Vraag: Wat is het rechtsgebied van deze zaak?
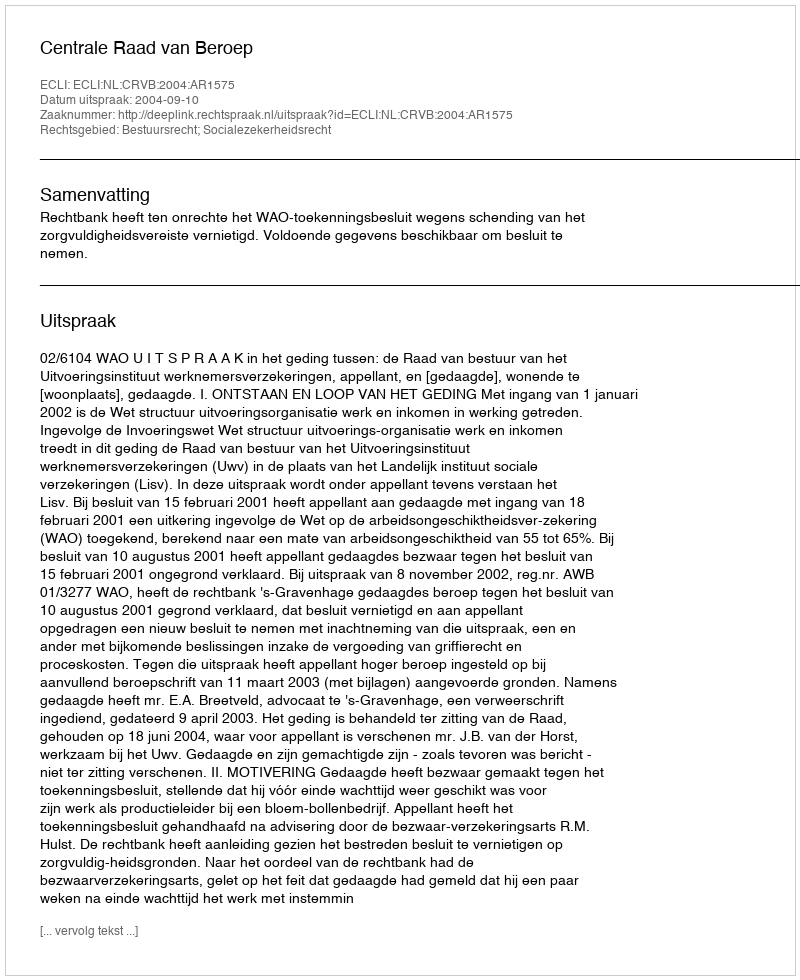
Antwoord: Bestuursrecht; Socialezekerheidsrecht